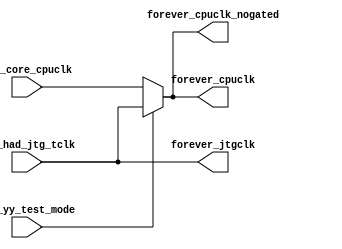
/*Copyright 2018-2021 T-Head Semiconductor Co., Ltd.

Licensed under the Apache License, Version 2.0 (the "License");
you may not use this file except in compliance with the License.
You may obtain a copy of the License at

    http://www.apache.org/licenses/LICENSE-2.0

Unless required by applicable law or agreed to in writing, software
distributed under the License is distributed on an "AS IS" BASIS,
WITHOUT WARRANTIES OR CONDITIONS OF ANY KIND, either express or implied.
See the License for the specific language governing permissions and
limitations under the License.
*/

// &ModuleBeg; @23
module cr_clk_top(
  forever_cpuclk,
  forever_cpuclk_nogated,
  forever_jtgclk,
  pad_had_jtg_tclk,
  pad_yy_test_mode,
  pll_core_cpuclk
);

// &Ports; @24
input        pad_had_jtg_tclk;      
input        pad_yy_test_mode;      
input        pll_core_cpuclk;       
output       forever_cpuclk;        
output       forever_cpuclk_nogated; 
output       forever_jtgclk;        

// &Regs; @25

// &Wires; @26
wire         forever_cpuclk;        
wire         forever_cpuclk_nogated; 
wire         forever_jtgclk;        
wire         pad_had_jtg_tclk;      
wire         pad_yy_test_mode;      
wire         pll_core_cpuclk;       


assign forever_jtgclk = pad_had_jtg_tclk;
assign forever_cpuclk = pad_yy_test_mode ? pad_had_jtg_tclk : pll_core_cpuclk;
assign forever_cpuclk_nogated = pad_yy_test_mode ? pad_had_jtg_tclk : pll_core_cpuclk;

// &ModuleEnd; @34
endmodule